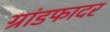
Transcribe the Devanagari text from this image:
ग्रांडफादर